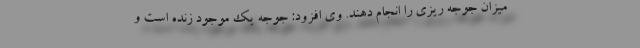
میزان جوجه ریزی را انجام دهند. وی افزود: جوجه یک موجود زنده است و